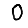
Digit: 0